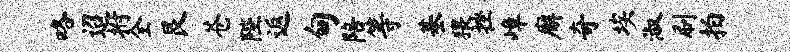
咯迢拊全艮苍陛返甸陪等基猥挫嶂廨奇埃淑刷拍